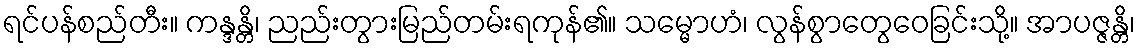
ရင်ပန်စည်တီး။ ကန္ဒန္တိ၊ ညည်းတွားမြည်တမ်းရကုန်၏။ သမ္မောဟံ၊ လွန်စွာတွေဝေခြင်းသို့။ အာပဇ္ဇန္တိ၊